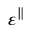
\varepsilon ^ { \parallel }